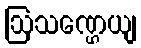
ဩသဏ္ဌေယျ